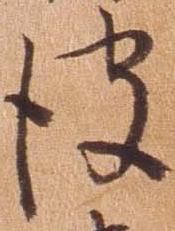
彼